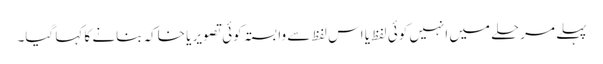
پہلے مرحلے میں انہیں کوئی لفظ یا اس لفظ سے وابستہ کوئی تصویر یا خاکہ بنانے کا کہا گیا۔